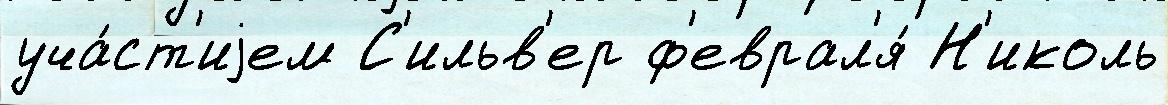
уча́ст'иjем С'ильв'ер ф'еврал'я́ Н'иколь